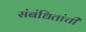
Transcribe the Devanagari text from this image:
संबंधितांची